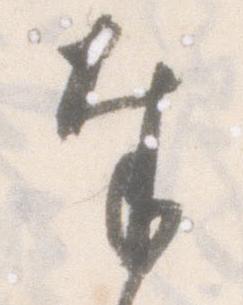
奉